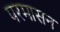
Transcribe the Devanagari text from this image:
परमासन